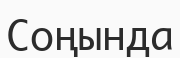
Соңында